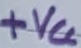
Text: +VCC